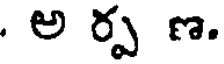
. అ ర్ప ణ.